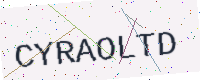
Text: CYRAOLTD